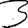
Digit: 3